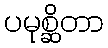
ပမုစ္ဆိတာ